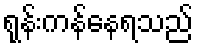
ရုန်းကန်နေရသည်